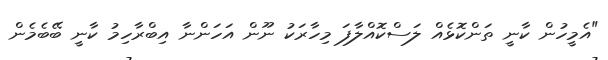
"އެމީހުން ކާނީ ތަންކޮޅެއް ލަސްކޮއްލާފަ މިހާރަކު ނޫން އަހަންނާ އިބްރާހިމު ކާނީ ބޭބެމެން